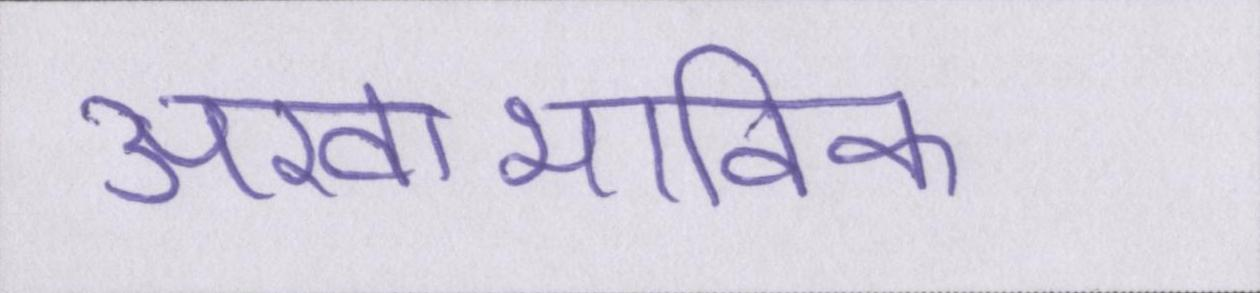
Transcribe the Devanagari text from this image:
अस्वाभाविक